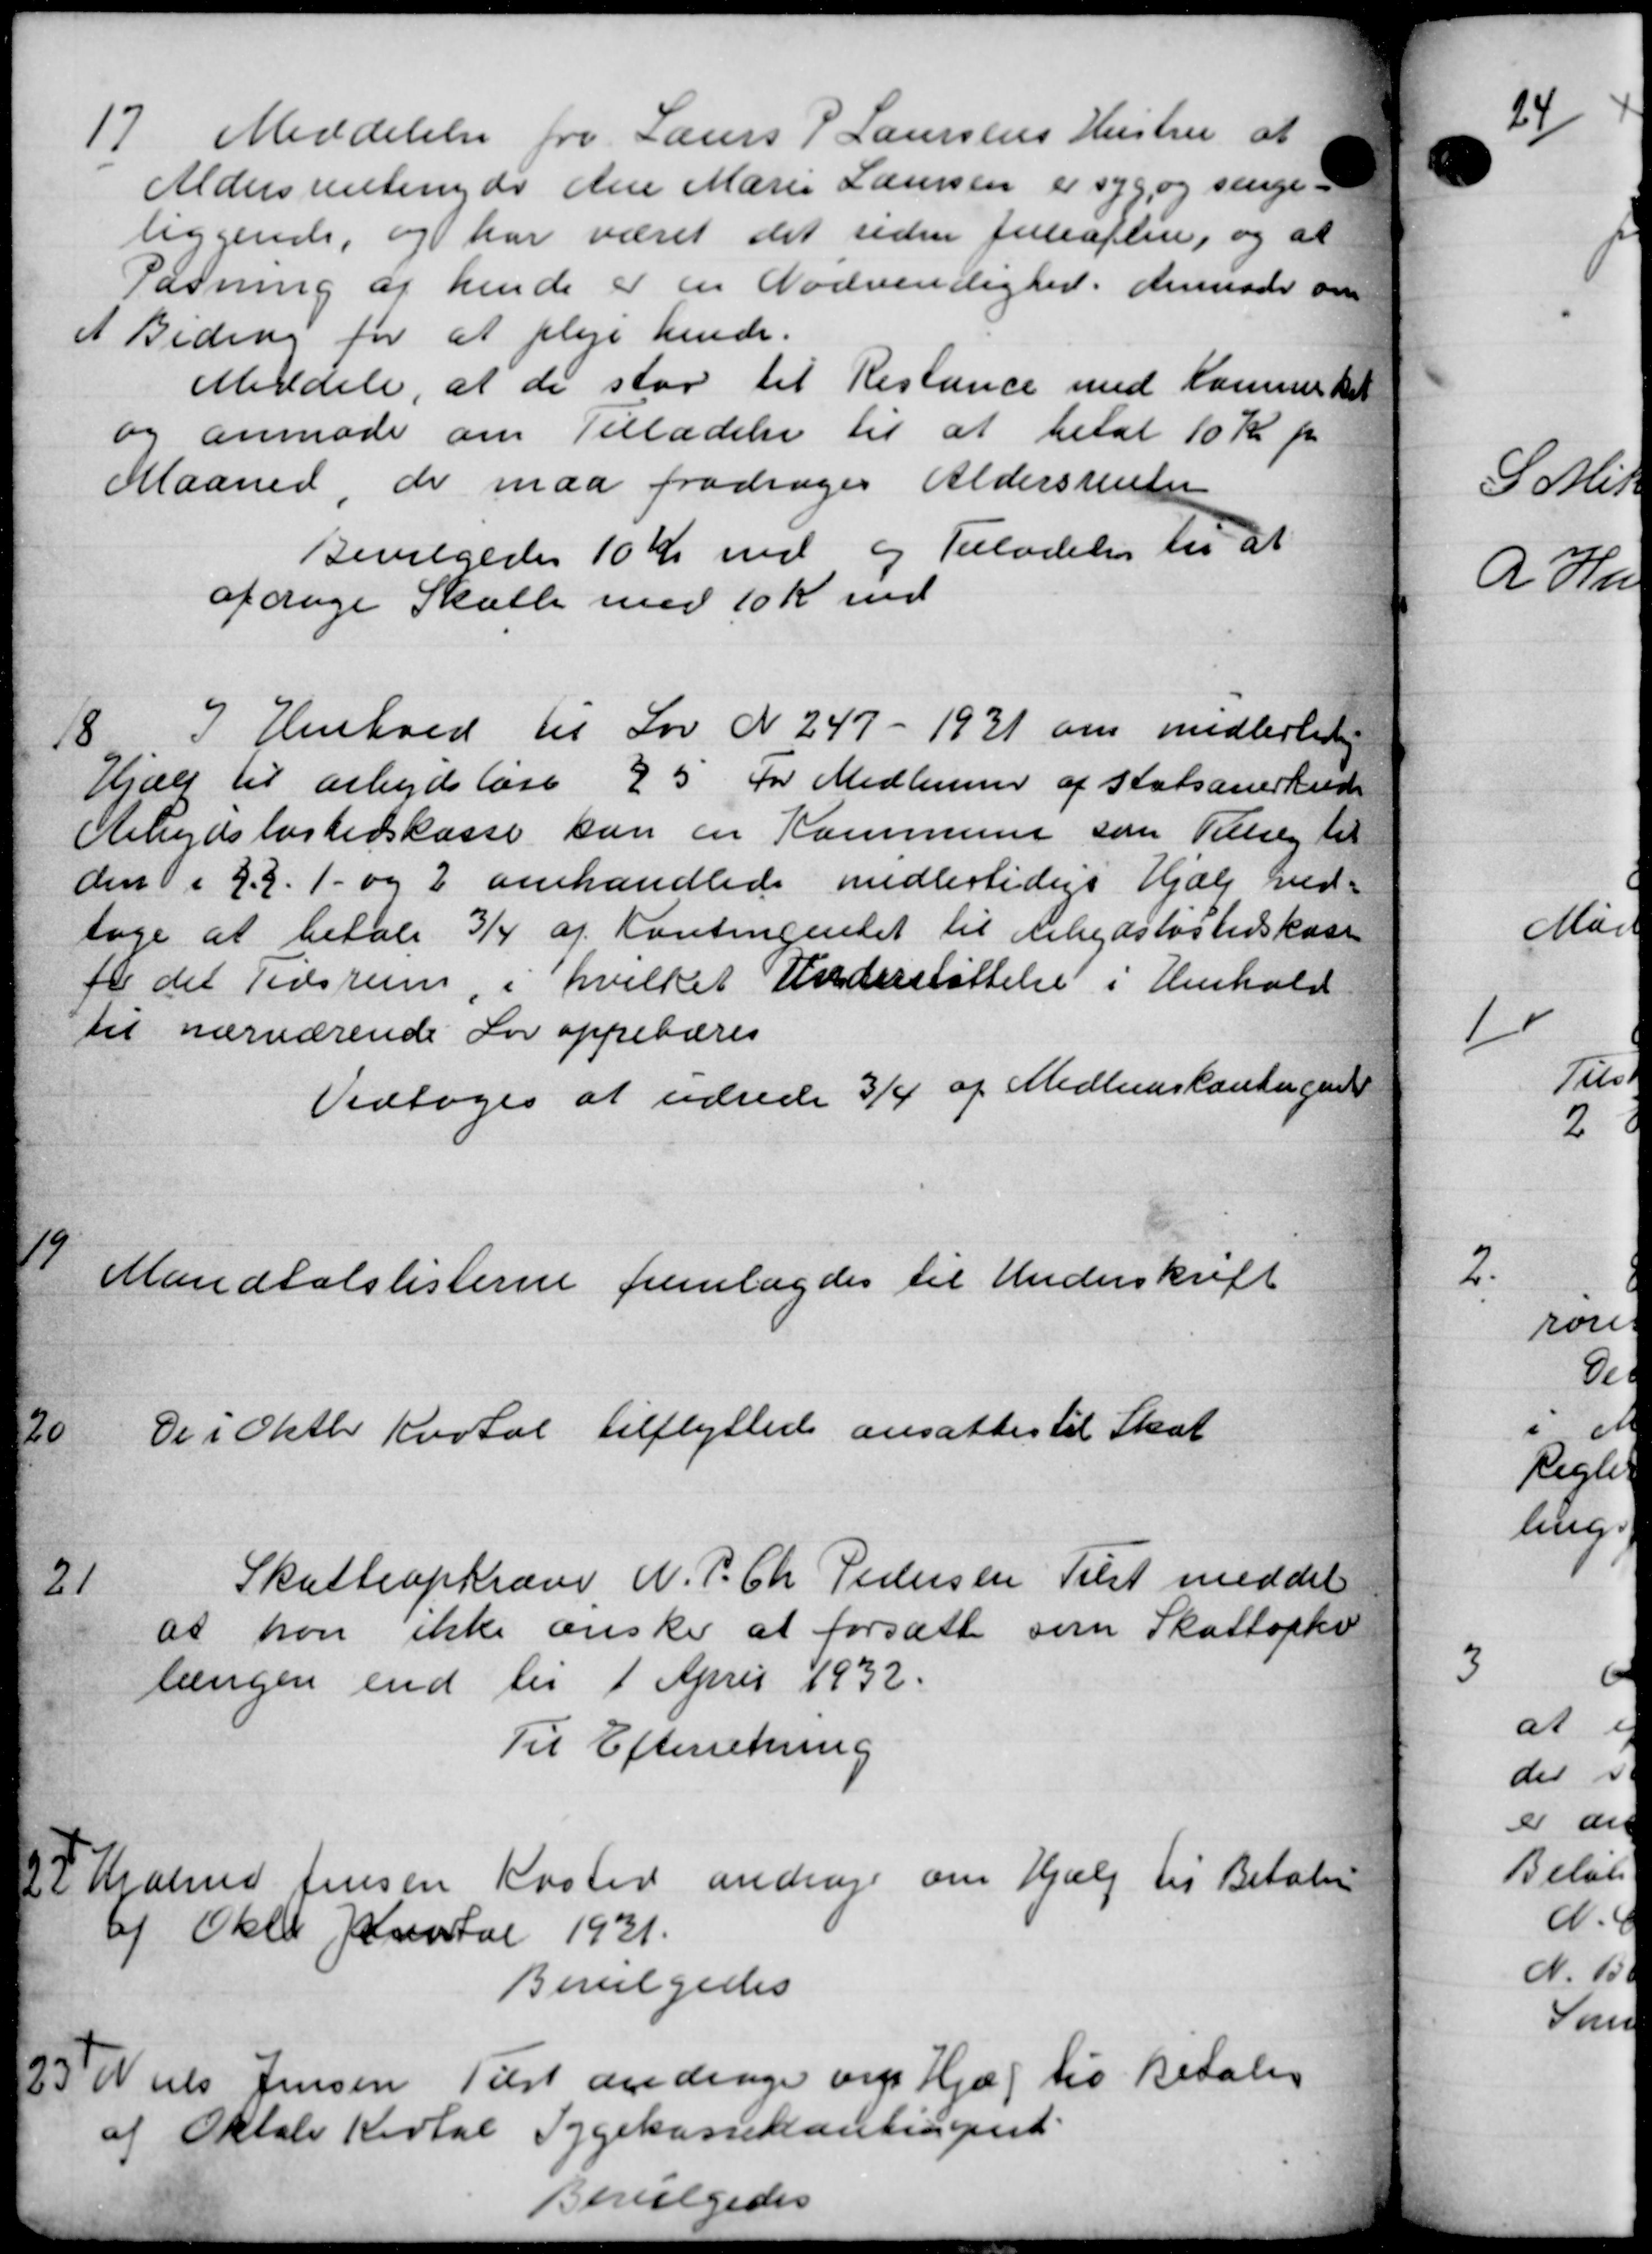
Transskription:
17
Meddelelse fra Lauers P Laursens Hustru at
Aldersrentenyder den Marie Laursen er syg og senge
liggende, og har været det siden Juleaften, og at
Pasning af hende er en Nødvendighed. Anmoder om
et Bidrag for at pleje hende.
Meddele, at de stor til Restance med Kommisket
og anmode om Tilladelse til at betal 10 Kr pr
Maaned de maa fradrages Aldersrenter
Bevilgedes 10 Kr. med og Tilladelse til at
afdage Skatte med 10 Kr. ind
18.
I Henhold til Lov N 247- 1931 om midlertidig
Hjælp til arbejdsløse 25 for Medlemmer af Statsanerkende
Arbejdsløshedskasse kan en Kommune som Tillæg til
den i 22. 1- og 2 omhandlede midlertidige Hjælp ved-
tage at betale 3/4 af Kontingentet til Arbejdsløshedskasse
for det Tidsrum i hvilket Understøttelse i Henhold
til nærværende Lov oppebæres
Vedtoges at udrede 3/4 af Medlemskontingen
19
Mandtalslisterne fremlagdes til Underskrift
20
De i Oktbr Kvartal tilflyttede ansattes til Skat
21
Skatteopkræve N. P. Chr. Pedersen Tilst meddel
at han ikke ønske at forsatte som Skattepli
længen end til 1 April 1932.
Til Efterretning
22
Hjalma Jensen Kasted andrager om Hjælp til Betaling
af Okto Kvartal 1931.
Bevilgedes
23
Niels Jensen Tilst andrager om Hjæl til Betales
af Oktober Kartal Sygekassekontingend
Bevilgedes